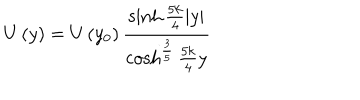
U \left( y \right) = U \left( y _ { 0 } \right) \frac { \sinh \frac { 5 k } { 4 } \left| y \right| } { \cosh ^ { \frac { 3 } { 5 } } \frac { 5 k } { 4 } y }